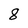
Character: 8